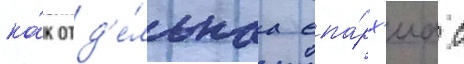
ка́к отд'е́льнаа епа́рх'иа с